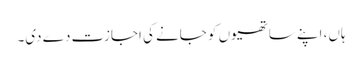
ہاں، اپنے ساتھیوں کو جانے کی اجازت دے دی۔